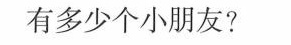
有多少个小朋友?